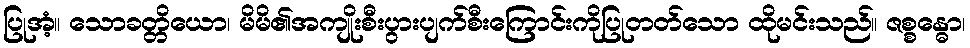
ပြုအံ့။ သောခတ္တိယော၊ မိမိ၏အကျိုးစီးပွားပျက်စီးကြောင်းကိုပြုတတ်သော ထိုမင်းသည်။ ဇစ္စန္ဓော၊